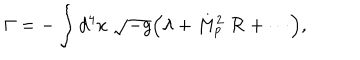
\Gamma = - \int d ^ { 4 } x \; \sqrt { - g } \Bigl ( \lambda + M _ { p } ^ { 2 } \; { \cal R } + \cdots \Bigr ) ,